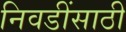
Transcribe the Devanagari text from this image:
निवडींसाठी